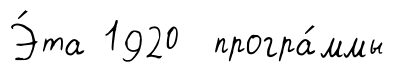
Э́та 1920 програ́ммы